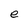
Character: e